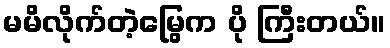
မမိလိုက်တဲ့မြွေက ပို ကြီးတယ်။